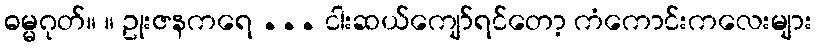
ဓမ္မဂုတ်။ ။ ဥုးဇနကရေ ... ငါးဆယ်ကျော်ရင်တော့ ကံကောင်းကလေးများ